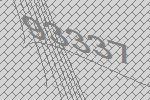
93337